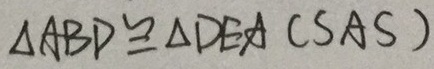
\Delta A B D \cong \Delta D E A ( S A S )